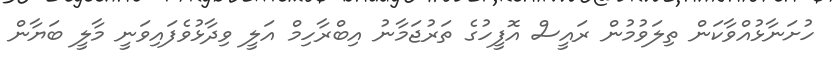
ހުށަނާޅުއްވާކަން ތިލަވުމުން ރައީސް އޮފީހުގެ ތަރުޖަމާނު އިބްރާހިމް އަލީ ވިދާޅުވެފައިވަނީ މާލީ ބަޔާން